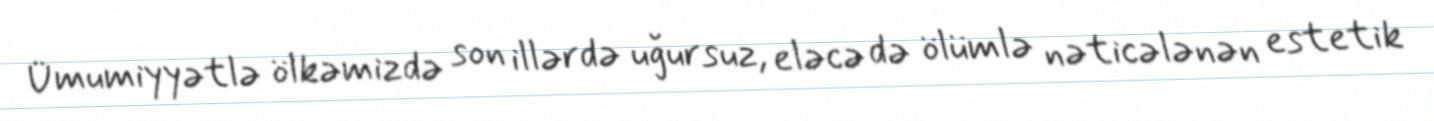
Ümumiyyətlə ölkəmizdə son illərdə uğursuz, eləcə də ölümlə nəticələnən estetik